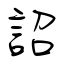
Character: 詔